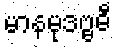
မာနမုဒဗ္ဗဓီ